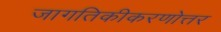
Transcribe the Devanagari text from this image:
जागतिकीकरणोत्तर